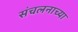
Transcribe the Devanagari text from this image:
संचलनाच्या